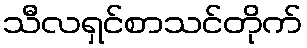
သီလရှင်စာသင်တိုက်